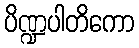
ပိဏ္ဍပါတိကော